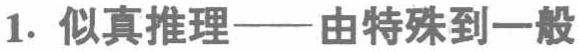
1. 似真推理——由特殊到一般